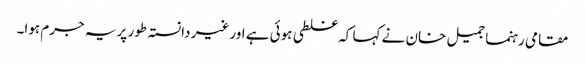
مقامی رہنما جمیل خان نے کہا کہ غلطی ہوئی ہے اور غیر دانستہ طور پر یہ جرم ہوا۔